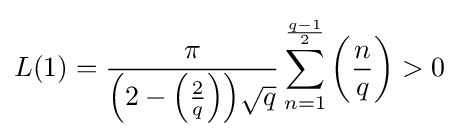
L(1)={\frac {\pi }{\left(2-\left({\frac {2}{q}}\right)\right)\!{\sqrt {q}}}}\sum _{n=1}^{\frac {q-1}{2}}\left({\frac {n}{q}}\right)>0